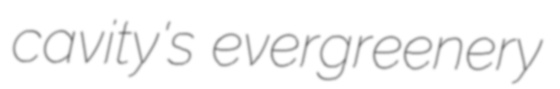
cavity's evergreenery